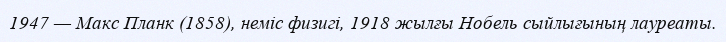
1947 — Макс Планк (1858), неміс физигі, 1918 жылғы Нобель сыйлығының лауреаты.